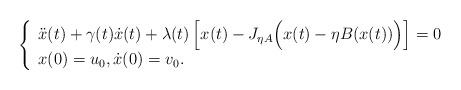
LaTeX: \begin{align*}\left\{\begin{array}{ll}\ddot x(t) + \gamma(t)\dot x(t) + \lambda(t)\left[x(t)-J_{\eta A}\Big(x(t)-\eta B(x(t))\Big)\right]=0\\x(0)=u_0, \dot x(0)=v_0.\end{array}\right.\end{align*}